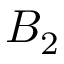
B _ { 2 }